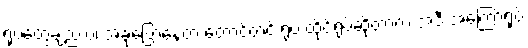
ရုပ်တွေချည်းပဲ၊ အခုပြောနေတဲ့ တောင့်တင်းရုပ် ထိုင်ရုပ်ဆိုတာက အဲဒီ အကြောရုပ်